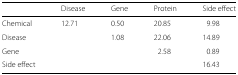
|  | Disease | Gene | Protein | Side effect |
 | --- | --- | --- | --- | --- |
 | Chemical | 12.71 | 0.50 | 20.85 | 9.98 |
 | Disease |  | 1.08 | 22.06 | 14.89 |
 | Gene |  |  | 2.58 | 0.89 |
 | Side effect |  |  |  | 16.43 |